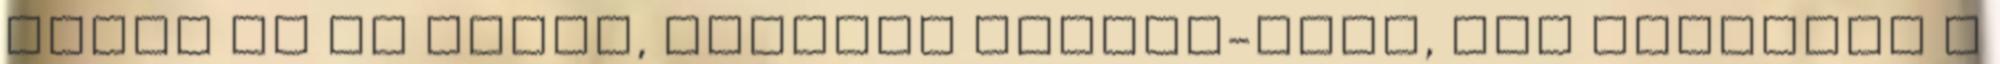
öntsd ki az ágyát, csináld nyakra-főre, Egy főzéssel a